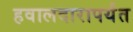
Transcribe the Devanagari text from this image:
हवालदारापर्यंत